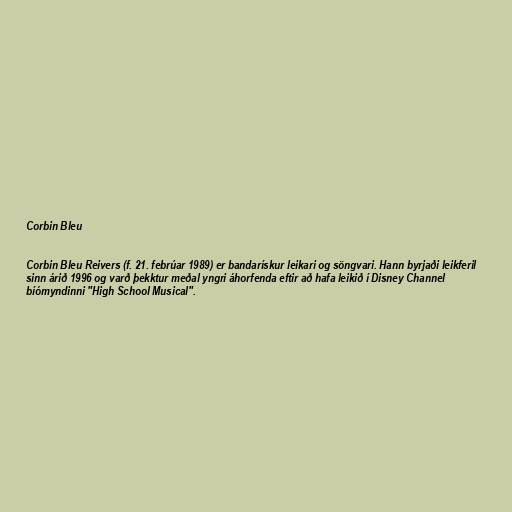
Corbin Bleu

Corbin Bleu Reivers (f. 21. febrúar 1989) er bandarískur leikari og söngvari. Hann byrjaði leikferil
sinn árið 1996 og varð þekktur meðal yngri áhorfenda eftir að hafa leikið í Disney Channel
bíómyndinni "High School Musical".